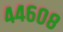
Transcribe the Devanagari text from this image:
४४६०८